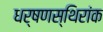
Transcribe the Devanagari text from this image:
धर्षणस्थिरांक